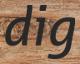
dig